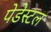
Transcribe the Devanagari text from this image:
पेडेस्टल